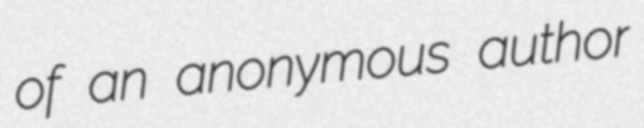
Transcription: of an anonymous author